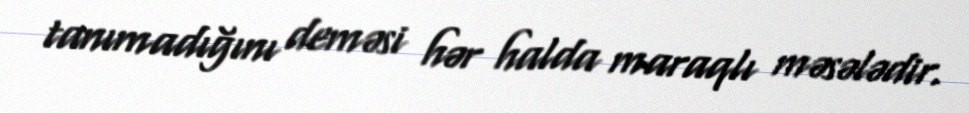
tanımadığını deməsi hər halda maraqlı məsələdir.